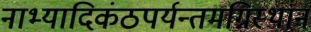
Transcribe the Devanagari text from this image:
नाभ्यादिकंठपर्यन्तमग्निस्थानं